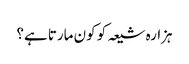
ہزارہ شیعہ کو کون مارتا ہے؟